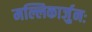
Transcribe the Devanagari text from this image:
मल्लिकार्जुनः